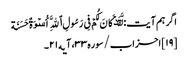
اگر ہم آیت: لَّقَدۡ کَانَ لَکُمۡ فِی رَسُولِ ٱللَّهِ أُسۡوَةٌ حَسَنَة
[۱۹] احزاب/سوره۳۳، آیه۲۱۔